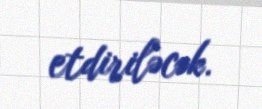
etdiriləcək.